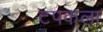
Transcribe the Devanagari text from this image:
टपकला